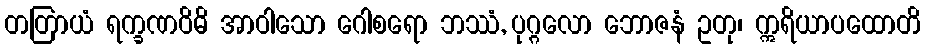
တတြာယံ ရက္ခဏဝိဓိ အာဝါသော ဂေါစရော ဘဿံ, ပုဂ္ဂလော ဘောဇနံ ဥတု၊ ဣရိယာပထောတိ